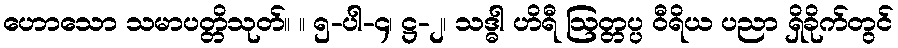
ဟောသော သမာပတ္တိသုတ်။ ။ ၅-ပါ-၄၊ ဋ္ဌ-၂၊ သဒ္ဓါ ဟိရီ ဩတ္တပ္ပ ဝီရိယ ပညာ ရှိခိုက်တွင်